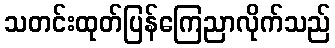
သတင်းထုတ်ပြန်ကြေညာလိုက်သည်